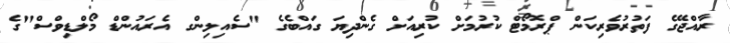
ރާއްޖޭގެ ފަތުރުވެރިކަން ޕްރޮމޯޓް ކުރުމަށް ކުރިއަށް ގެންދިޔަ ގައްބެގެ "ސެއިލިންގ އެރައުންޑް މޯލްޑިވްސް"ގެ